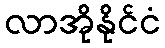
လာအိုနိုင်ငံ